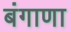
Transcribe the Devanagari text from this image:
बंगाणा